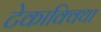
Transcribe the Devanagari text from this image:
टेकाक्विथा